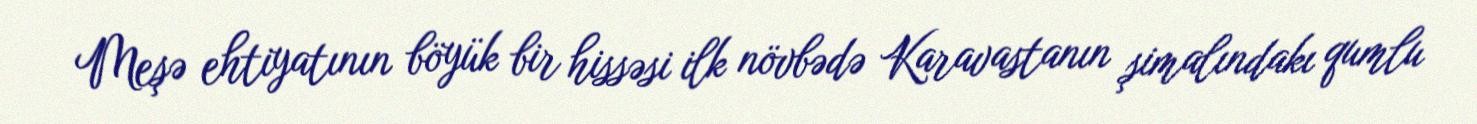
Meşə ehtiyatının böyük bir hissəsi ilk növbədə Karavastanın şimalındakı qumlu